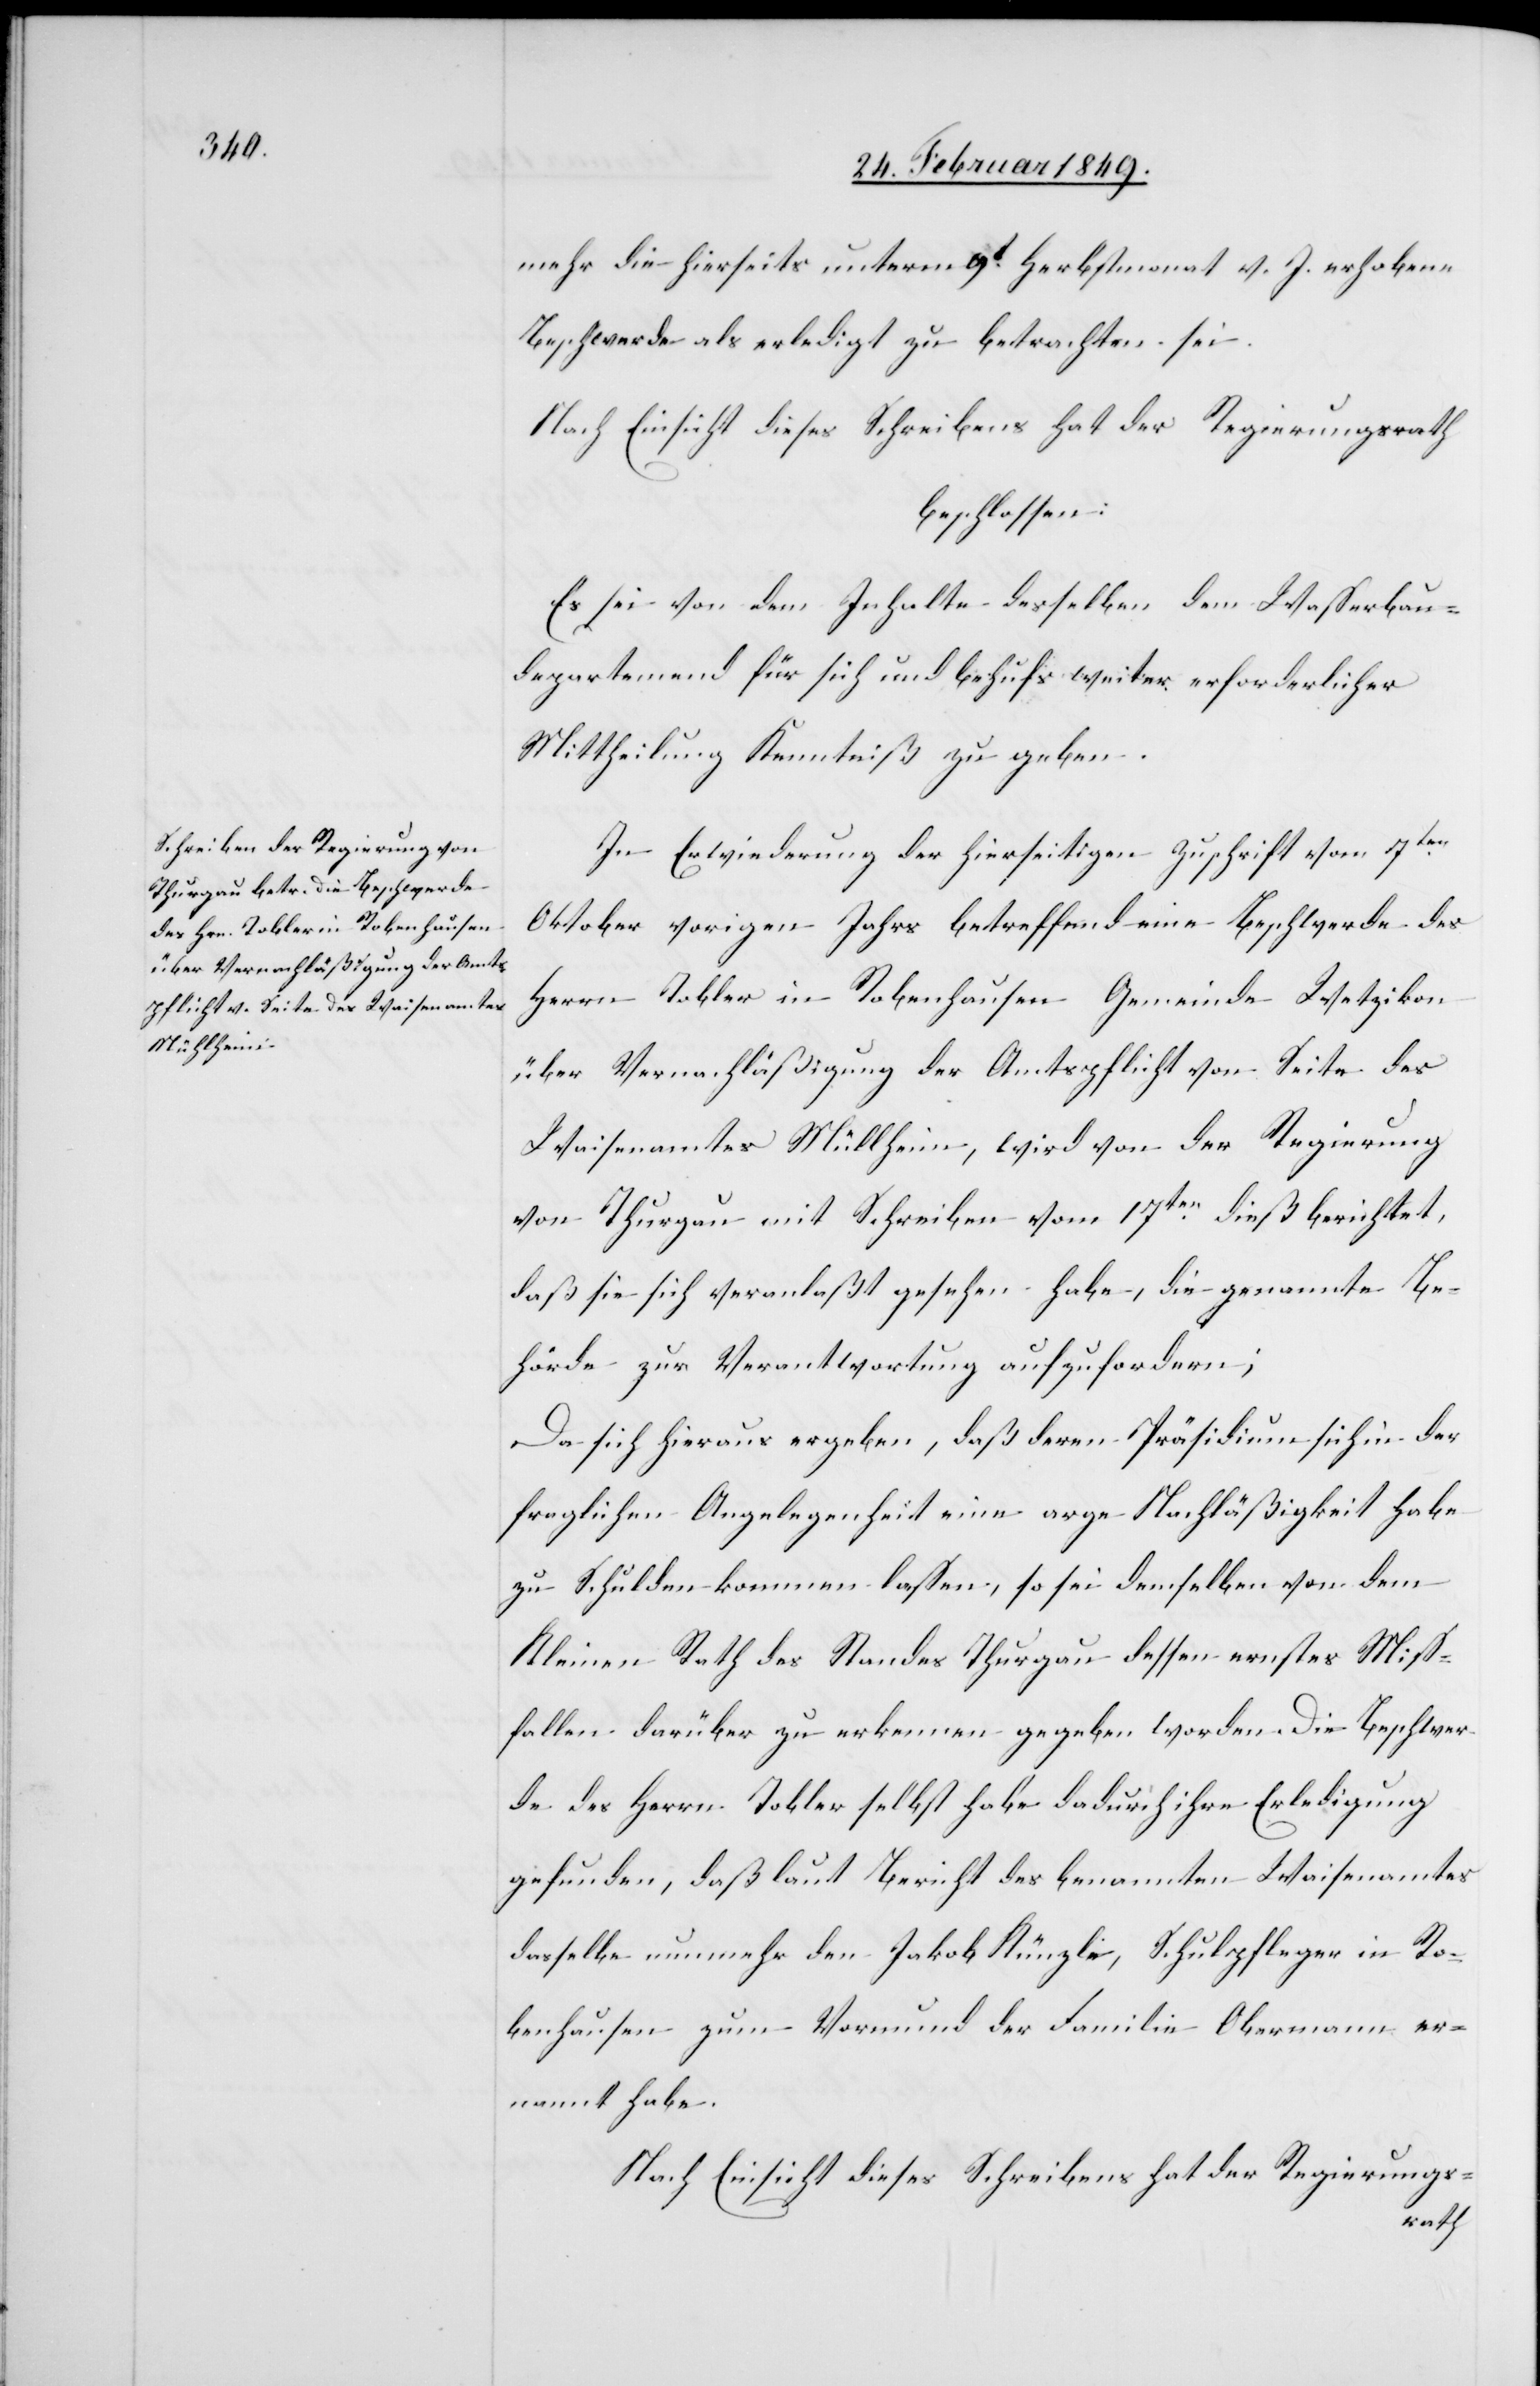
mehr die hierseits unterm 9t. Herbstmonat v. J. erhobene
Beschwerde als erledigt zu betrachten sei.
Nach Einsicht dieses Schreibens hat der Regierungsrath
beschlossen:
Es sei von dem Inhalte desselben dem Wasserbau¬
departement für sich und behufs weiter erforderlicher
Mittheilung Kenntniß zu geben.
In Erwiederung der hierseitigen Zuschrift vom 7ten.
Oktober vorigen Jahrs betreffend eine Beschwerde des
Herrn Tobler in Robenhausen Gemeinde Wetzikon
über Vernachläßigung der Amtspflicht von Seite des
Waisenamtes Müllheim, wird von der Regierung
von Thurgau mit Schreiben vom 17ten. dieß berichtet,
daß sie sich veranlaßt gesehen habe, die genannte Be¬
hörde zur Verantwortung aufzufordern;
Da sich hieraus ergeben, daß deren Präsidium sich in der
fraglichen Angelegenheit eine arge Nachläßigkeit habe
zu Schulden kommen lassen, so sei demselben von dem
Kleinen Rath des Standes Thurgau dessen ernstes Miss¬
fallen darüber zu erkennen gegeben worden. Die Beschwer¬
de des Herrn Tobler selbst habe dadurch ihre Erledigung
gefunden, daß laut Bericht des benannten Waisenamtes
dasselbe nunmehr den Jakob Künzle, Schulpfleger in Ro¬
benhausen zum Vormund der Familie Obermann er¬
nannt habe.
Nach Einsicht dieses Schreibens hat der Regierungs-